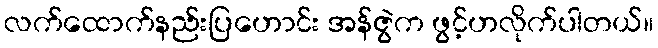
လက်ထောက်နည်းပြဟောင်း အန်ဇွဲက ဖွင့်ဟလိုက်ပါတယ်။